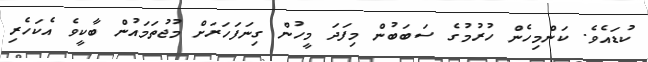
ކުޑައެވެ. ކަންމިހެން ހުރުމުގެ ސަބަބުން މިފަދަ މީހުން ގިނަފަހަރަށް މުޖުތަމައުން ބާކީވެ އެކަހެރި